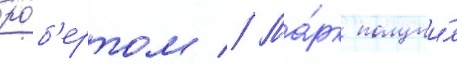
ро́б'ертом // Ма́рк получи́л